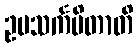
ဥပသင်္ကမိတာတိ